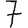
Digit: 7